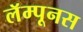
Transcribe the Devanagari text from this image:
लॅम्पूनस